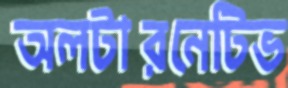
অলটারনেটিভ